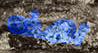
اهذه